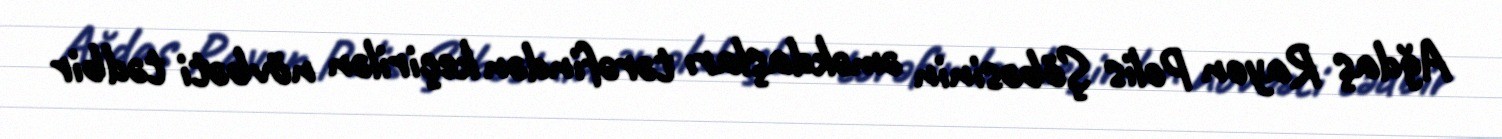
Ağdaş Rayon Polis Şöbəsinin əməkdaşları tərəfindən keçirilən növbəti tədbir